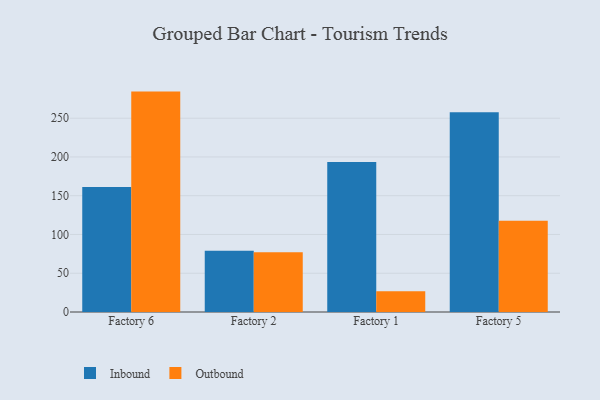
{"axis": {"x": "Factory", "y": "Revenue (USD Million)"}, "legend": ["Inbound", "Outbound"], "data": [{"x": "Factory 6", "y": 161.2, "type": "Inbound"}, {"x": "Factory 6", "y": 284.3, "type": "Outbound"}, {"x": "Factory 2", "y": 79.0, "type": "Inbound"}, {"x": "Factory 2", "y": 77.2, "type": "Outbound"}, {"x": "Factory 1", "y": 193.4, "type": "Inbound"}, {"x": "Factory 1", "y": 26.9, "type": "Outbound"}, {"x": "Factory 5", "y": 257.8, "type": "Inbound"}, {"x": "Factory 5", "y": 117.7, "type": "Outbound"}]}